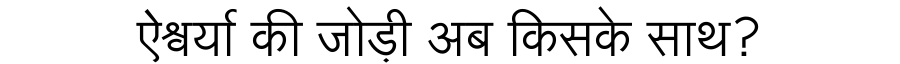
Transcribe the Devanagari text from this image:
ऐश्वर्या की जोड़ी अब किसके साथ?